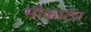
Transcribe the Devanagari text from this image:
मौकाठेर